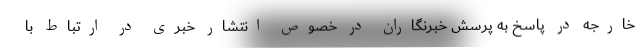
خارجه در پاسخ به پرسش خبرنگاران در خصوص انتشار خبری در ارتباط با